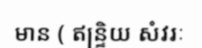
មាន ( ឥន្ទ្រិយ សំវរៈ